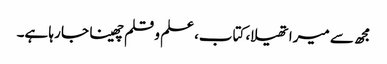
مجھ سے میرا تھیلا، کتاب، علم و قلم چھینا جا رہا ہے۔